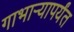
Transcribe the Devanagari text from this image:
गाभार्‍यापर्यंत